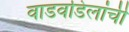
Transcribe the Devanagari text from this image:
वाडवडिलांची